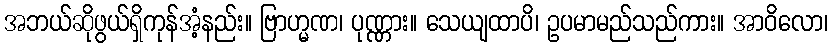
အဘယ်ဆိုဖွယ်ရှိကုန်အံ့နည်း။ ဗြာဟ္မဏ၊ ပုဏ္ဏား။ သေယျထာပိ၊ ဥပမာမည်သည်ကား။ အာဝိလော၊